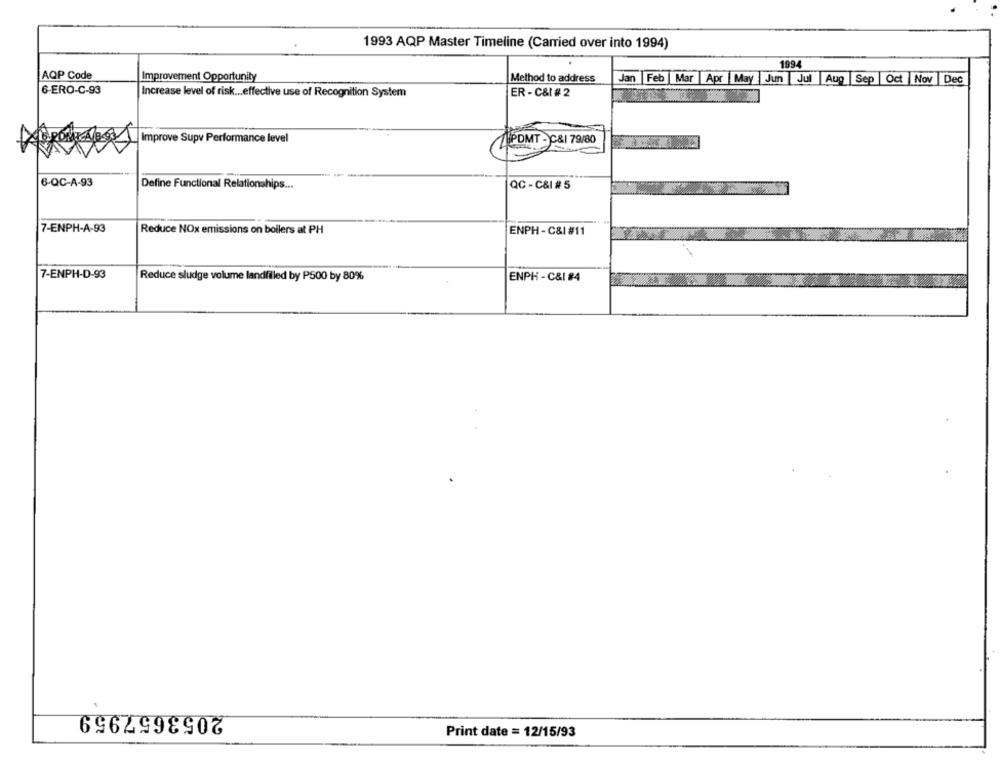
1993 AQP Master Timeline (Carried over into 1994)
1994
AQP Code
Improvement Opportunity
Jan
Method to address
Feb | Mar Apr | May Jun Jul Aug Sep Oct Nov
Dec
6-ERO-C-93
Increase level of risk ... effective use of Recognition System
ER - C&I #2
ROME A 8.00 Improve Supv Performance level
PDMT -C&I 79/80
6-QC-A-93
Define Functional Relationships ...
QC - C&I # 5
7-ENPH-A-93
Reduce NOx emissions on boilers at PH
ENPH - C&I #11
7-ENPH-D-93
Reduce sludge volume landfiled by P500 by 80%
ENPH - C&I #4
2053657959
Print date = 12/15/93